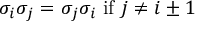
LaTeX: \sigma _ { i } \sigma _ { j } = \sigma _ { j } \sigma _ { i } { \mathrm { ~ i f ~ } } j \neq i \pm 1